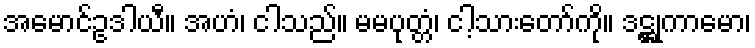
အမောင်ဥဒါယီ။ အဟံ၊ ငါသည်။ မမပုတ္တံ၊ ငါ့သားတော်ကို။ ဒဋ္ဌုကာမော၊